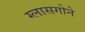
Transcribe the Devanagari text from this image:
ग्लासगोने